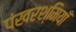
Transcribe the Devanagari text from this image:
पंखरश्मियाँ